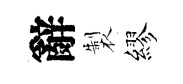
辭製繆